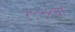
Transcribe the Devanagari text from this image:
१९५४ची